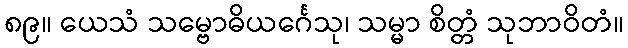
၈၉။ ယေသံ သမ္ဗောဓိယင်္ဂေသု၊ သမ္မာ စိတ္တံ သုဘာဝိတံ။